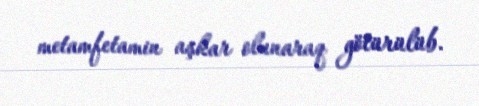
metamfetamin aşkar olunaraq götürülüb.